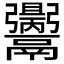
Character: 𩱪